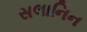
સલાનિન